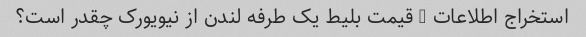
استخراج اطلاعات - قیمت بلیط یک طرفه لندن از نیویورک چقدر است؟